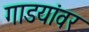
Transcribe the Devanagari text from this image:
गाडयांवर